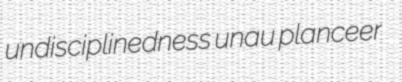
undisciplinedness unau planceer